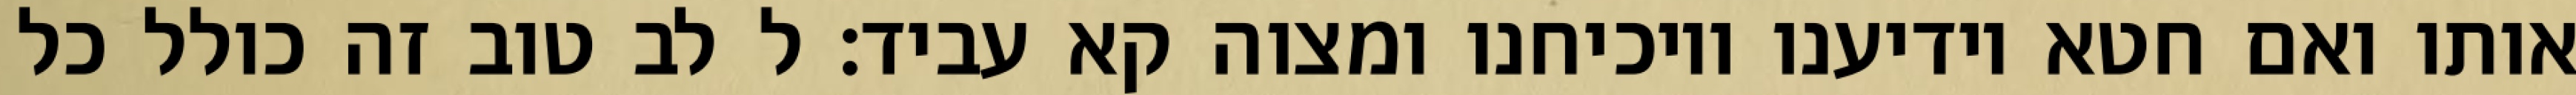
אותו ואם חטא יודיענו ויוכיחנו ומצוה קא עביד: ל לב טוב זה כולל כל